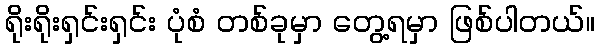
ရိုးရိုးရှင်းရှင်း ပုံစံ တစ်ခုမှာ တွေ့ရမှာ ဖြစ်ပါတယ်။